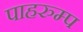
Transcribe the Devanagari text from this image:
पाहरुम्प